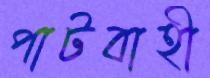
পাটবাহী